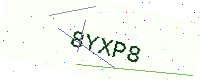
Text: 8YXP8